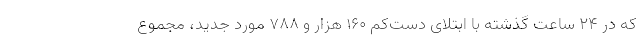
که در ۲۴ ساعت گذشته با ابتلای دست‌کم ۱۶۰ هزار و ۷۸۸ مورد جدید، مجموع